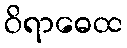
ဝိရာဓေထ